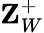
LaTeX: \textbf{Z}_{W}^{+}